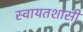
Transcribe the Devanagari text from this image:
स्वायतशासी